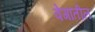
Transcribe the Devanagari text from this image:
वेगांतील